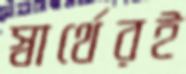
স্বার্থেরই